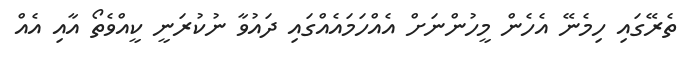
ތެރޭގައި ހިމެނޭ އެހެން މީހުންނަށް އެއްހަމައެއްގައި ދައުވާ ނުކުރަނީ ކީއްވެތޯ އާއި އެއް